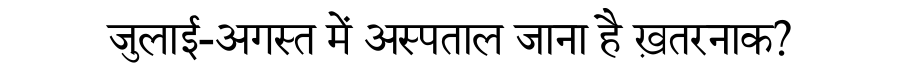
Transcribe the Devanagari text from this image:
जुलाई-अगस्त में अस्पताल जाना है ख़तरनाक?